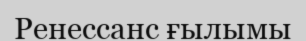
Ренессанс ғылымы